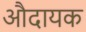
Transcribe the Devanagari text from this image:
औदायक